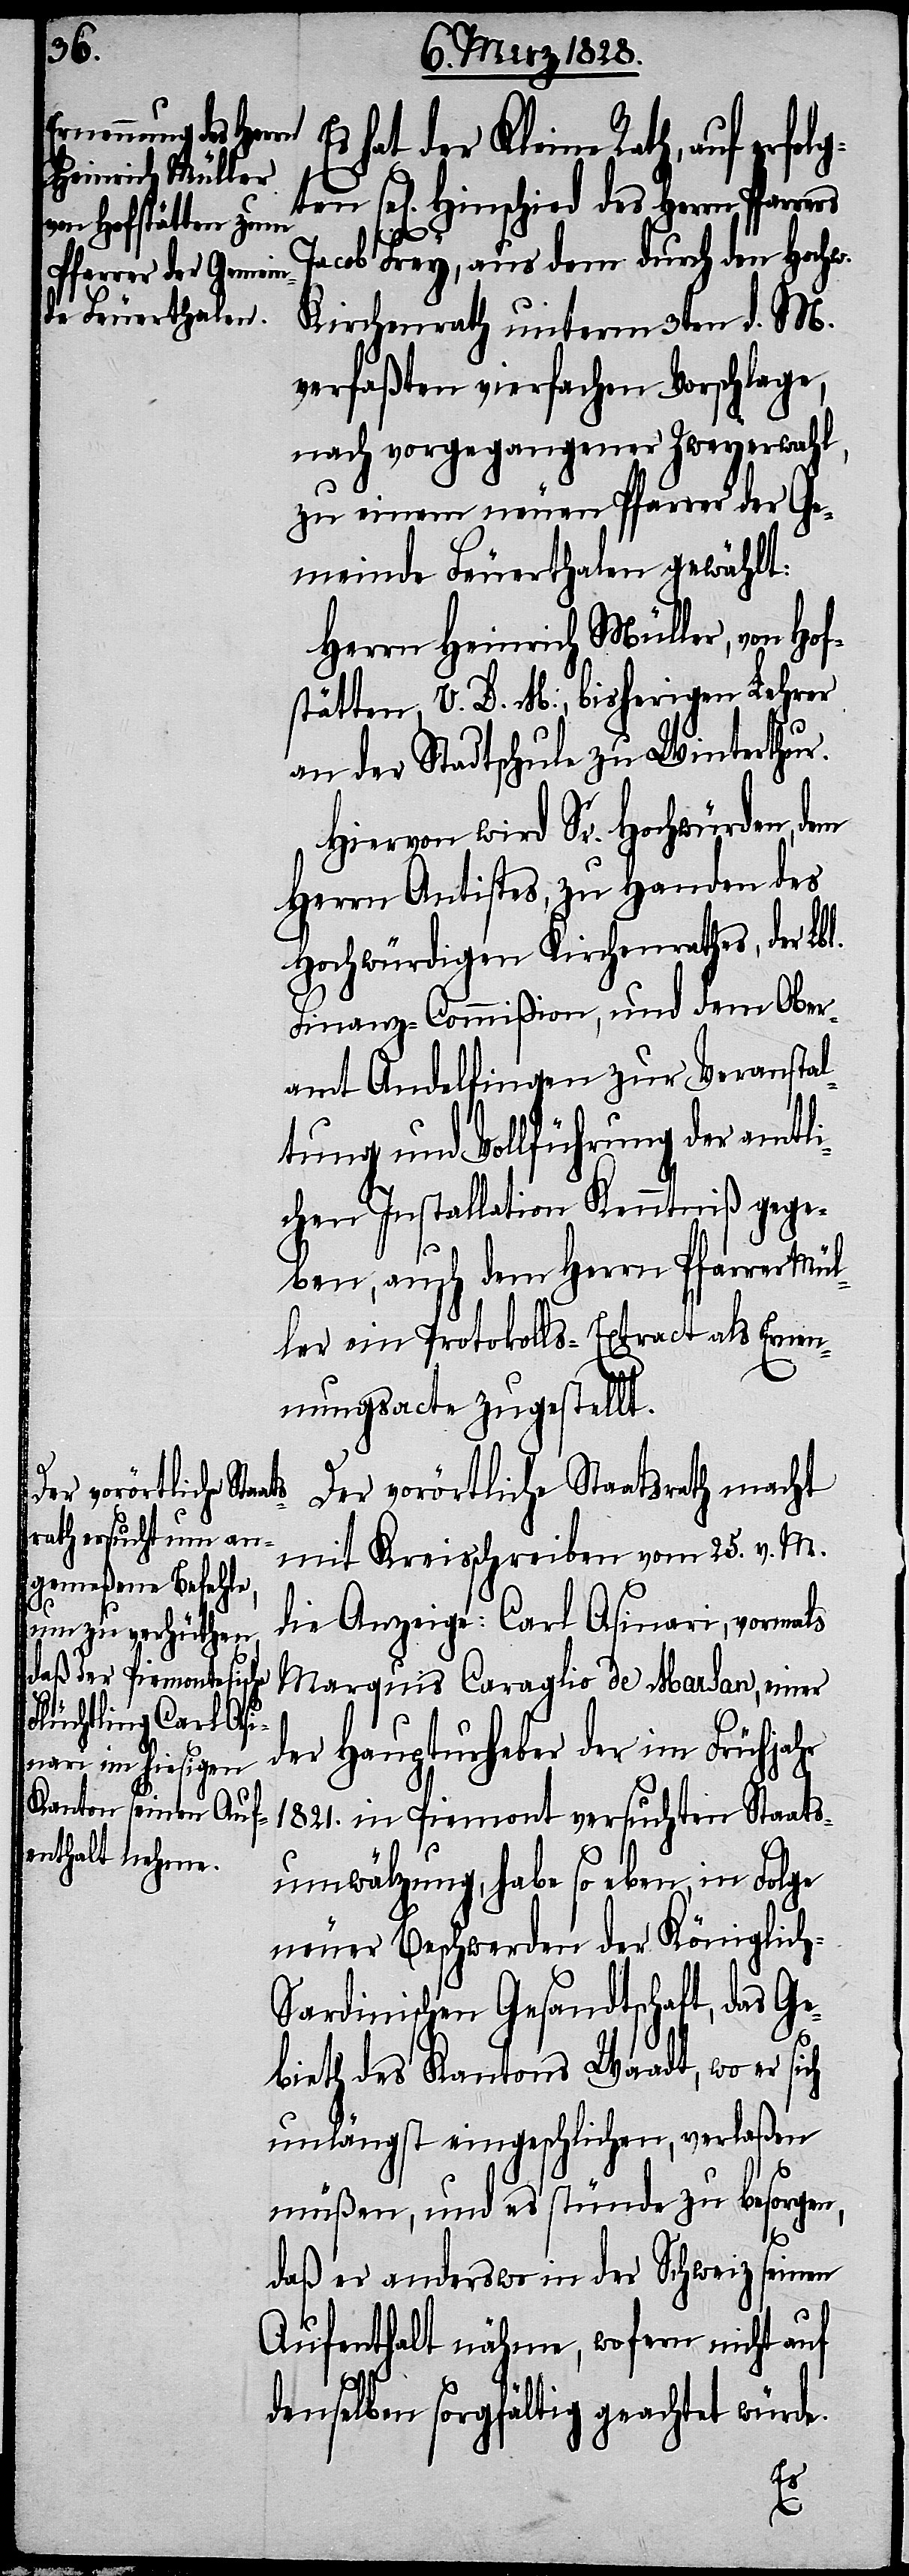
hat der Kleine Rath, auf erfol¬
sel[igen] Hinschied des Herrn Pfarrers
gten
Jacob Frey, aus dem durch den Hochw.
Kirchenrath unterm 3ten d. M.
verfaßten vierfachen Vorschlage,
nach vorgegangener Zweyerwahl,
zu einem neuen Pfarrer der Ge¬
meinde Feuerthalen gewählt:
Herrn Heinrich Müller, von Hof¬
stätten, V. D. M:, bisherigen Lehrer
an der Stadtschule zu Winterthur.
Hiervon wird Sr. Hochwürden,
Herrn Antistes, zu Handen des
Hochwürdigen Kirchenrathes, der Lbl.
Finanz-Commißion, und dem Ober¬
amt Andelfingen zur Veranstal¬
tung und Vollführung der amtli¬
chen Installation Kenntniß gege¬
ben, auch dem Herrn Pfarrer Mül¬
ler ein Protokolls-Extract als Ernen¬
nungsacte zugestellt.
Der vorörtliche Staatsrath macht
mit Kreisschreiben vom 25. v. M.
die Anzeige: Carl Asinari, vormals
Marquis Caraglio de Marsan, einer
der Haupturheber der im Frühjahr
1821. in Piemont versuchten Staats¬
umwälzung, habe so eben, in Folge
neuer Beschwerden der Königlich-S¬
ardinischen Gesandtschaft, das Ge¬
bieth des Kantons Waadt, wo er sich
unlängst eingeschlichen, verlaßen
müßen, und es stünde zu besorgen,
Es
daß er anderswo in der Schweiz seinen
Aufenthalt nähme, wofern nicht auf
denselben sorgfältig geachtet würde.